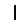
Digit: 1